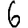
Digit: 6